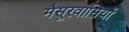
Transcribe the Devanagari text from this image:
मैसूरवासियों